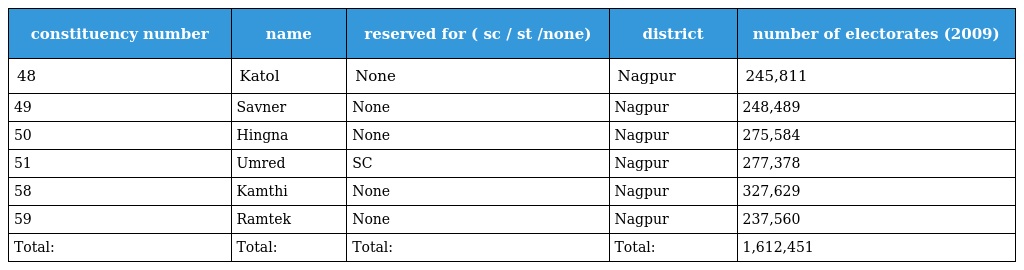
| constituency number | name | reserved for ( sc / st /none) | district | number of electorates (2009) |
 | --- | --- | --- | --- | --- |
 | 48 | Katol | None | Nagpur | 245,811 |
 | 49 | Savner | None | Nagpur | 248,489 |
 | 50 | Hingna | None | Nagpur | 275,584 |
 | 51 | Umred | SC | Nagpur | 277,378 |
 | 58 | Kamthi | None | Nagpur | 327,629 |
 | 59 | Ramtek | None | Nagpur | 237,560 |
 | Total: | Total: | Total: | Total: | 1,612,451 |